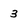
Character: 3